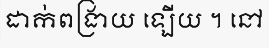
ដាក់ពង្រាយ ឡើយ ។ នៅ